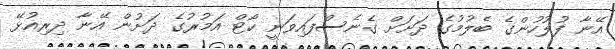
އޭނާ ފުލުހުންގެ ބެލުމުގެ ދަށަށް ގެނެސްފައިވަނީ ކޯޓް އަމުރުގެ ދަށުން އޭނާ ދިރިއުޅޭ